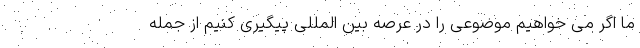
ما اگر می خواهیم موضوعی را در عرصه بین المللی پیگیری کنیم از جمله